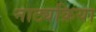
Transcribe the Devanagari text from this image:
नाट्यक्रिया